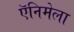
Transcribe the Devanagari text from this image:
ऍनिमेला